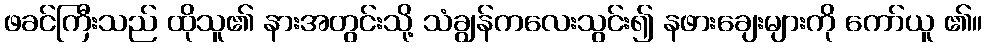
ဖခင်ကြီးသည် ထိုသူ၏ နားအတွင်းသို့ သံချွန်ကလေးသွင်း၍ နဖားချေးများကို ကော်ယူ ၏။